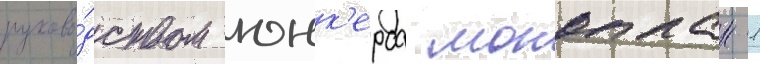
руково́дством юнк'ерса моноплан -1